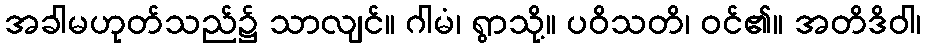
အခါမဟုတ်သည်၌ သာလျင်။ ဂါမံ၊ ရွာသို့။ ပဝိသတိ၊ ဝင်၏။ အတိဒိဝါ၊